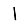
Digit: 1